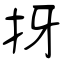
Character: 㧎